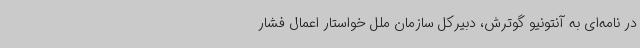
در نامه‌ای به آنتونیو گوترش، دبیرکل سازمان ملل خواستار اعمال فشار